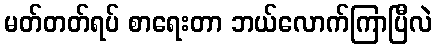
မတ်တတ်ရပ် စာရေးတာ ဘယ်လောက်ကြာပြီလဲ